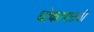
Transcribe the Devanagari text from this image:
धोकापातळी